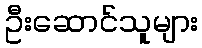
ဦးဆောင်သူများ